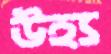
উহ্য